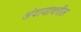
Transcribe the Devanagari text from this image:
अंदाजावरील